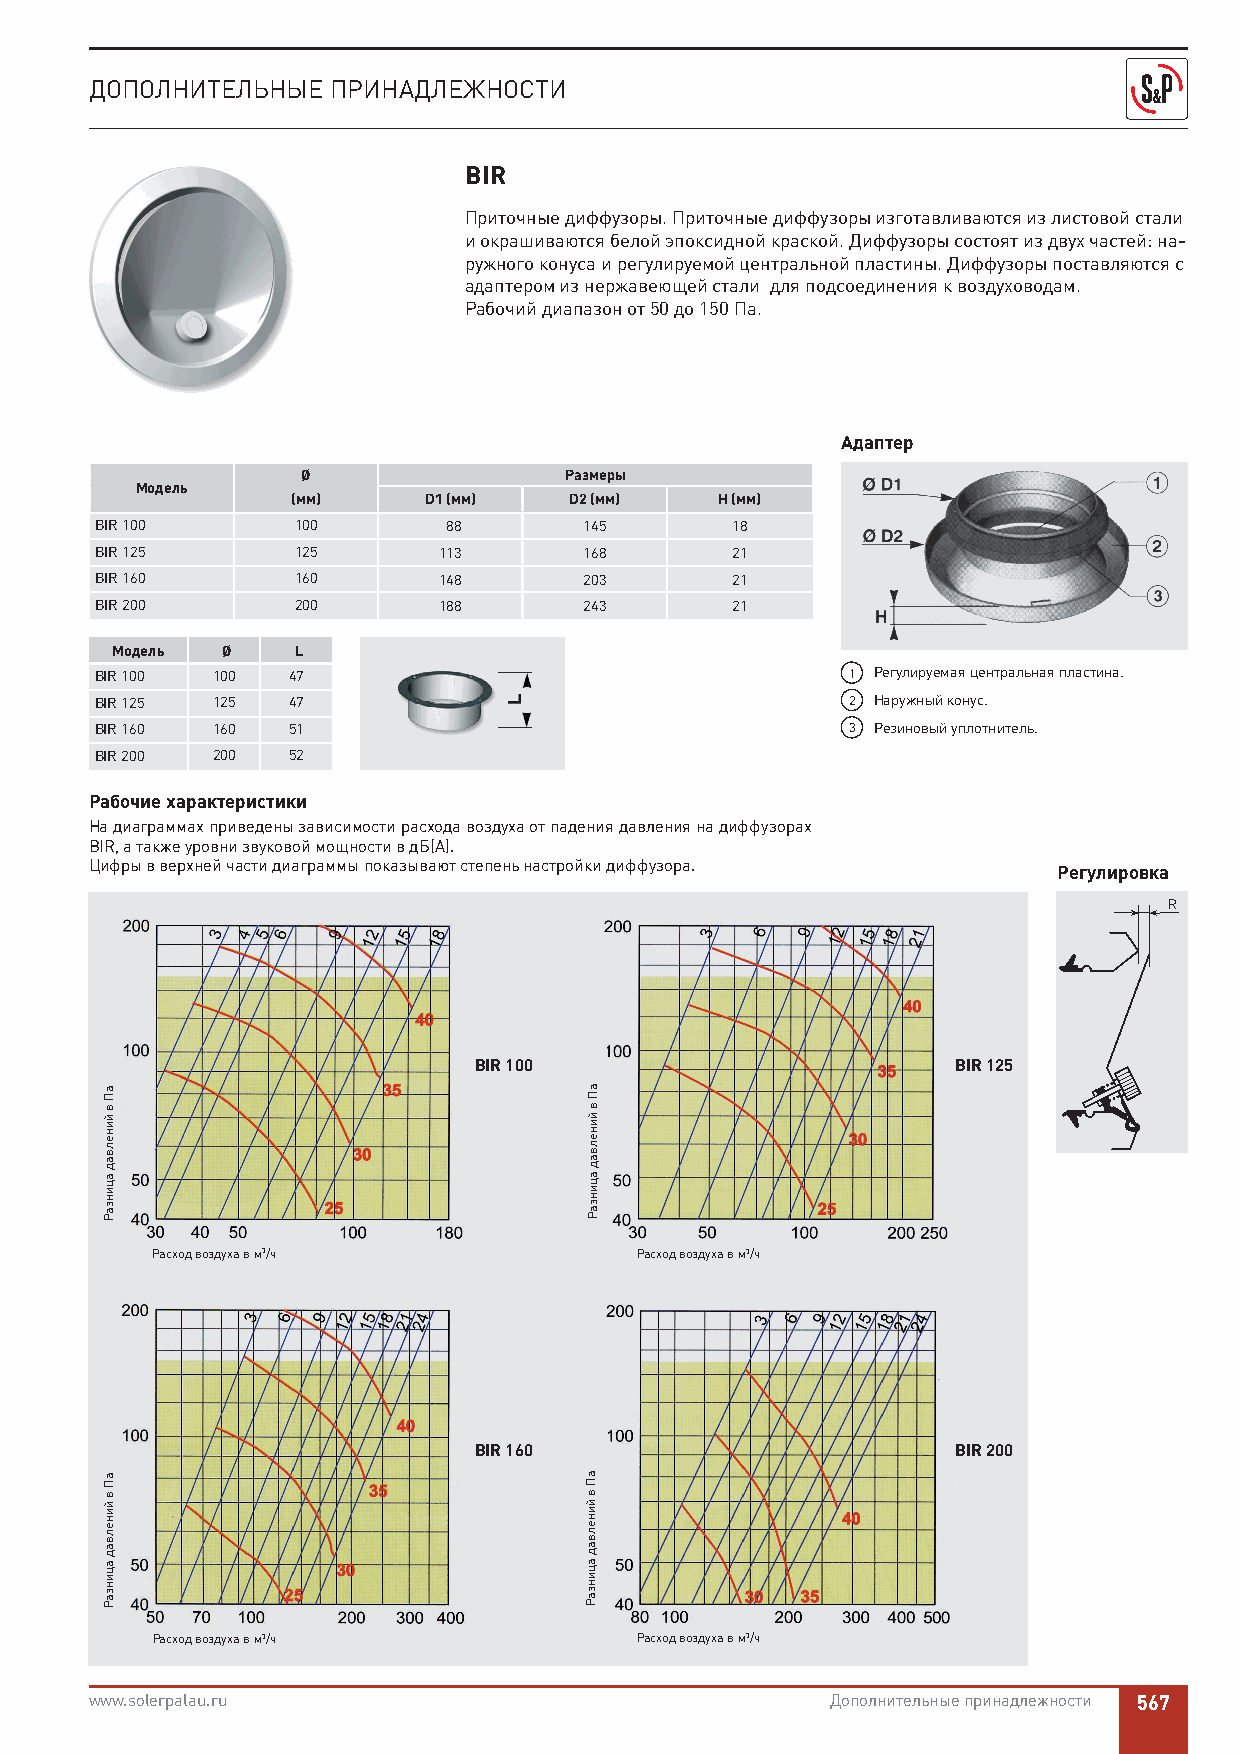
ДОПОЛНИТЕЛЬНЫЕ  ПРИНАДЛЕЖНОСТИ
 BIR
 Приточные диффузоры. Приточные диффузоры изготавливаются из листовой стали
 и окрашиваются белой эпоксидной краской. Диффузоры состоят из двух частей: на-
 ружного конуса и регулируемой центральной пластины. Диффузоры поставляются с
 адаптером из нержавеющей стали для подсоединения к воздуховодам.
 Рабочий диапазон от 50 до 150 Пa.
 Адаптер
 Ø                Размеры
 Модель
 (мм)     D1 (мм)   D2 (мм)   H (мм)
 BIR 100      100        88       145      18
 BIR 125      125       113       168      21
 BIR 160      160       148       203      21
 BIR 200      200       188       243      21
 Модель  Ø    L
 BIR 100 100  47                                   1 Регулируемая центральная пластина.
 BIR 125 125  47                                   2 Наружный конус.
 BIR 160 160  51                                   3 Резиновый уплотнитель.
 BIR 200 200  52
 Рабочие характеристики
 На диаграммах приведены зависимости расхода воздуха от падения давления на диффузорах
 BIR, а также уровни звуковой мощности в дБ(А).
 Цифры в верхней части диаграммы показывают степень настройки диффузора. Регулировка
 R
 BIR 100                         BIR 125
 Расход воздуха в м3/ч           Расход воздуха в м3/ч
 BIR 160                         BIR 200
 Расход воздуха в м3/ч           Расход воздуха в м3/ч
 www.solerpalau.ru                                Дополнительные принадлежности 567
 аП
 в
 йинелвад
 ацинзаР
 аП
 в
 йинелвад
 ацинзаР
 аП
 в
 йинелвад
 ацинзаР
 аП
 в
 йинелвад
 ацинзаР